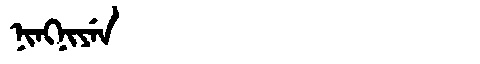
Manchu: ᠨᡳᠩᠨᡳᠶᡝᠨ
Romanization: NINGNIYEN